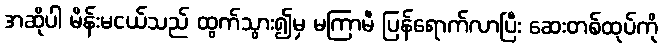
အဆိုပါ မိန်းမငယ်သည် ထွက်သွား၍မှ မကြာမီ ပြန်ရောက်လာပြီး ဆေးတစ်ထုပ်ကို